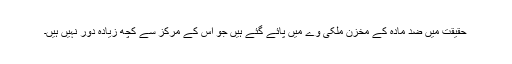
حقیقت میں ضد مادّہ کے مخزن ملکی وے میں پائے گئے ہیں جو اس کے مرکز سے کچھ زیادہ دور نہیں ہیں۔